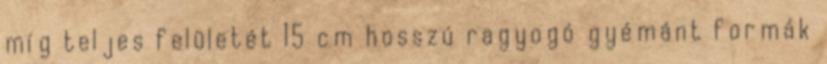
míg teljes felületét 15 cm hosszú ragyogó gyémánt formák